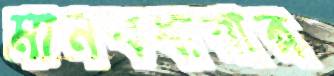
মানবধারার